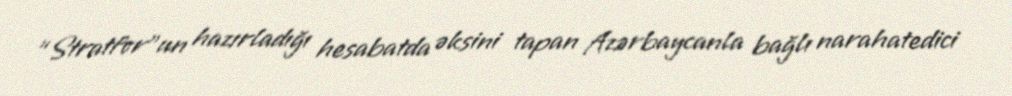
“Stratfor”un hazırladığı hesabatda əksini tapan Azərbaycanla bağlı narahatedici